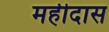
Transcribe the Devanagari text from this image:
महीदास